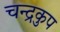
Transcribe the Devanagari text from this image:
चन्द्रकुप